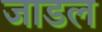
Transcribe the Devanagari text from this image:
जाडल